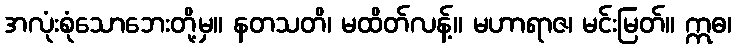
အလုံးစုံသောဘေးတို့မှ။ နတသတိ၊ မထိတ်လန့်။ မဟာရာဇ၊ မင်းမြတ်။ ဣဓ၊